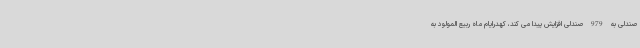
صندلی به 979 صندلی افزایش پیدا می کند، کهدرایام ماه ربیع المولود به